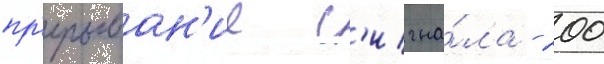
пр'ерыван'ие с'игна́ла - 200